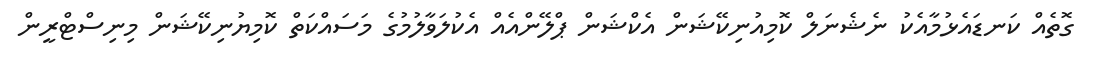
ގޮތެއް ކަނޑައެޅުމާއެކު ނެޝެނަލް ކޮމިއުނިކޭޝަން އެކްޝަން ޕްލޭންއެއް އެކުލަވާލުމުގެ މަސައްކަތް ކޮމިޔުނިކޭޝަން މިނިސްޓްރީން